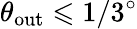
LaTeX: \theta_{\mathrm{out}}\leqslant 1/3^{\circ}